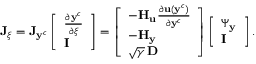
\mathbf { J } _ { \boldsymbol { \xi } } = \mathbf { J } _ { \mathbf { y } ^ { c } } \left[ \begin{array} { l } { \frac { \partial \mathbf { y } ^ { c } } { \partial \boldsymbol { \xi } } } \\ { \mathbf { I } } \end{array} \right] = \left[ \begin{array} { l } { - \mathbf { H } _ { \mathbf { u } } \frac { \partial \mathbf { u } ( \mathbf { y } ^ { c } ) } { \partial \mathbf { y } ^ { c } } } \\ { - \mathbf { H } _ { \mathbf { y } } } \\ { \sqrt { \gamma } \, \mathbf { D } } \end{array} \right] \left[ \begin{array} { l } { \boldsymbol { \Psi } _ { \mathbf { y } } } \\ { \mathbf { I } } \end{array} \right] .